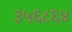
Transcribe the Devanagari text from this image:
३५६८६४